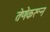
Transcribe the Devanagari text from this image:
तेणेकरून